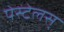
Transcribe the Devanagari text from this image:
पेस्टेलस्